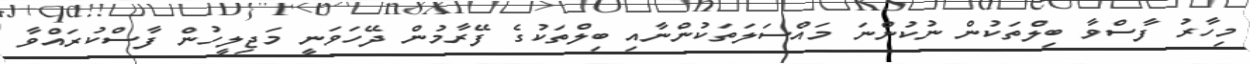
މިހާރު ފާސްވާ ބިލްތަކުން ނުކުންނަ މައްސަލަތަކުންނާއި ބިލްތަކުގެ ފޭރާމުން ދޭހަވަނީ މަޖިލީހުން ފާސްކުރައްވާ